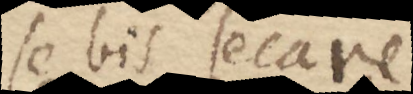
se bis secare